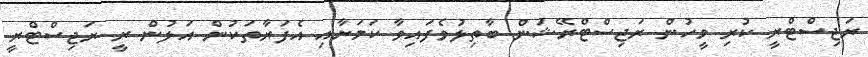
ރަޖިސްޓްރީ ކުރި މީހުން ރަޖިސްޓްރޭޝަން ބާތިލުވެފައިވާ ކަމަށާއި އެފަރާތަކުން އަލުން ރީ ރަޖިސްޓްރީ